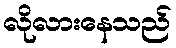
လိုလားနေသည်